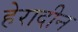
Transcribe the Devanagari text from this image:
हेरादीन